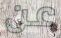
عن